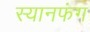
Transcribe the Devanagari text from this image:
स्यानफंग